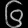
Digit: ၆